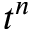
t ^ { n }